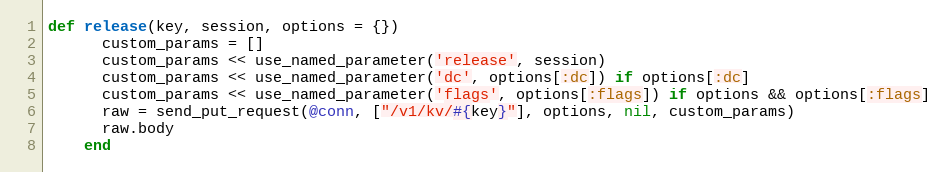
Language: Ruby
def release(key, session, options = {})
      custom_params = []
      custom_params << use_named_parameter('release', session)
      custom_params << use_named_parameter('dc', options[:dc]) if options[:dc]
      custom_params << use_named_parameter('flags', options[:flags]) if options && options[:flags]
      raw = send_put_request(@conn, ["/v1/kv/#{key}"], options, nil, custom_params)
      raw.body
    end